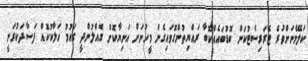
ކަލޭމެނަށްވުރެ ޓެރަރިސްޓުކަން ބޮޑުބައެއްކޮބާ ރައްޔިތުންގޮވައިގެން މީހުނަށް އަނިޔާކޮށް ގެއްލުންދީ ގައުމު ހަލާކުކޮއް ފަސާދަކުރަނީ